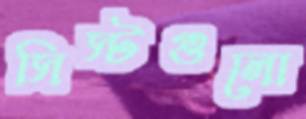
সিস্টগুলো